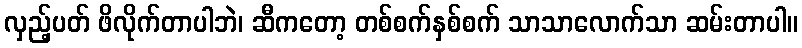
လှည့်ပတ် ဖိလိုက်တာပါဘဲ၊ ဆီကတော့ တစ်စက်နှစ်စက် သာသာလောက်သာ ဆမ်းတာပါ။